Report on vaccination in Madras 1922-1929 - 1922-1929
Year: 1922
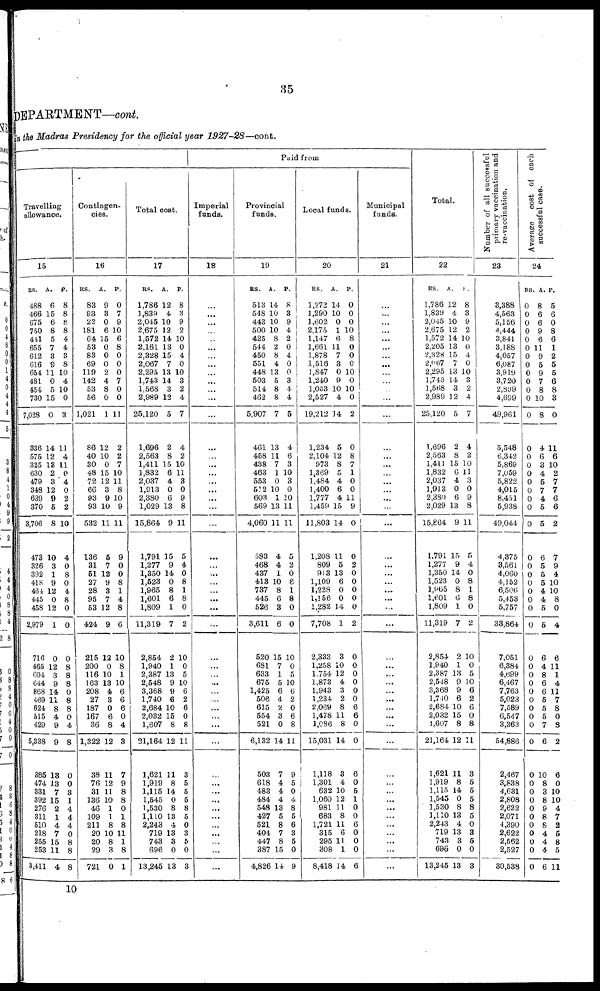
35
DEPARTMENT—cont.
in the Madras Presidency for the official year 1927-28—cont.
Travelling
allowance.
15
RS.
488
466
675
750
441
655
612
616
654
481
454
730
7,028
336
575
325
630
479
348
639
370
3,706
473
326
392
418
464
445
458
2,979
716
465
604
644
868
469
624
515
429
5,338
385
474
331
392
276
311
510
218
255
253
3,411
A.
6
15
6
8
5
7
3
9
11
0
5
15
0
14
12
13
2
3
12
0
5
8
10
3
1
9
12
0
12
1
0
12
3
9
14
11
8
4
9
9
18
13
7
15
2
1
4
7
15
11
4
P.
8
8
8
8
4
4
3
8
10
4
10
0
3
11
4
11
0
4
0
2
2
10
4
0
8
0
4
8
0
0
0
8
8
8
0
8
8
0
4
8
0
0
3
1
4
4
4
0
8
8
8
Contingen-
cies.
16
RS.
83
93
22
181
64
53
83
69
119
142
53
56
1,021
86
40
30
48
72
66
93
93
532
136
31
51
27
28
95
53
424
215
200
116
163
208
27
187
167
36
1,322
38
76
31
136
46
109
211
20
20
29
721
A.
9
3
0
6
15
0
0
0
2
4
8
0
1
12
10
0
15
12
3
9
10
11
5
7
12
9
3
7
12
9
12
0
10
13
4
3
0
6
8
12
11
12
11
10
1
1
8
10
8
3
0
P.
0
7
9
10
6
8
0
0
0
7
0
0
11
2
2
7
10
11
8
10
9
11
9
0
0
8
1
4
8
6
10
8
1
10
6
6
6
0
4
3
7
9
8
8
0
1
8
11
1
8
1
Total cost.
17
RS.
1,786
1,889
2,045
2,675
1,572
2,161
2,328
2,067
2,295
1,743
1,568
2,989
25,120
1,696
2,563
1,411
1,832
2,037
1,913
2,380
1,029
15,864
1,791
1,277
1,350
1,523
1,965
1,601
1,809
11,319
2,854
1,940
2,387
2,548
3,368
1,740
2,684
2,032
1,607
21,164
1,621
1,919
1,115
1,546
1,530
1,110
2,243
718
743
696
13,245
A.
12
4
10
12
14
13
15
7
13
14
3
12
5
2
8
15
6
4
0
6
13
9
15
9
14
0
8
6
1
7
2
1
13
9
9
6
10
15
8
12
11
8
14
0
8
13
4
13
3
0
13
P.
8
3
9
2
10
0
4
0
10
3
2
4
7
4
2
10
11
3
0
9
8
11
5
4
0
8
1
8
0
2
10
0
5
10
6
2
6
0
8
11
3
5
5
5
8
5
0
3
5
0
3
Paid from
Imperial
funds.
18
...
...
...
...
...
...
...
...
...
...
...
...
...
...
...
...
...
...
...
...
...
...
...
...
...
...
...
...
...
...
...
...
...
...
...
...
...
...
...
...
...
...
...
...
...
...
...
...
...
...
Provincial
funds.
19
RS.
513
548
443
500
425
544
450
551
448
503
514
462
5,907
461
458
438
463
553
512
603
569
4,060
583
468
437
418
737
445
526
3,611
520
681
633
675
1,425
506
615
554
521
6,132
503
618
483
484
548
427
521
404
447
387
4,826
A.
14
10
10
10
8
2
8
4
13
5
8
8
7
13
11
7
1
0
10
1
13
11
4
4
1
10
8
6
3
6
15
7
1
5
6
4
2 3
0
14
7
4
4
4
13
5
8
7
8
15
14
P.
8
3
9
4
2
0
4
0
0
3
4
4
5
4
6
3
10
3
0
10
11
11
5
2
0
8
1
8
0
0
10
0
5
10
6
2
0
6
8
11
9
5
0
4
8
5
6
3
5
0
9
Local funds.
20
RS.
1,272
1,290
1,602
2,175
1,147
1,661
1,878
1,516
1,847
1,240
1,053
2,527
19,212
1,234
2,104
973
1,369
1,484
1,400
1,777
1,459
11,803
1,208
809
913
1,109
1,228
1,156
1,282
7,708
2,333
1,258
1,754
1,875
1,943
1,234
2,069
1,478
1,086
15,031
1,118
1,301
632
1,060
981
683
1,721
315
295
308
8,418
A.
14
10
0
1
6
11
7
3
0
9
10
4
14
5
12
8
5
4
6
4
15
14
11
5
13
6
0
0
14
1
3
10
12
4
3
2
8
11
3 8
14
3
4
2 10
12
11
8
11
6
11
1
14
P.
0
0
0
10
8
0
0
0
10
0
10
0
2
0
8
7
1
0
0
11
9
0
0
2
0
0
0
0
0
2
0
0
0
0
0
0
6
6
0
0
6
0
5
1
0
0
6
0
0
0
6
Municipal
funds.
21
...
...
...
...
...
...
...
...
...
...
...
...
...
...
...
...
...
...
...
...
...
...
...
...
...
...
...
...
...
...
...
...
...
...
...
...
...
...
...
...
...
...
...
...
...
...
...
...
...
...
...
Total.
22
RS.
1,786
1,839
2,045
2,675
1,572
2,205
2,828
2,067
2,295
1,743
1,568
2,989
25,120
1,696
2,563
1,411
1,832
2,037
1,913
2,380
2,029
15,864
1,791
1,277
1,350
1,523
1,965
1,601
1,809
11,319
2,854
1,940
2,387
2,548
3,368
1,740
2,684
2,032
1,607
21,164
1,621
1,919
1,115
1,545
1,530
1,110
2,243
719
743
696
13,245
A.
12
4
10
12
14
13
15
7
13
14
3
12
5
2
8
15
6
4
0
6
13
9
15
9
14
0
8
6
1
7
2
1
13
9
9
6
10
15
8
12
11
8
14
0
8
13
4
13
3
0
13
P .
8
3
9
2
10
0
4
0
10
3
2
4
7
4
2
10
11
3
0
9
8
11
5
4
0
8
1
8
0
2
10
0
5
10
6
2
6
0
8
11
3
5
5
5
8
5
0
3
5
0
3
Number of all successful
primary vaccination and
re-vaccination.
23
3,388
4,563
5,156
4,444
3,841
3,188
4,057
6,087
3,919
3,720
2,899
4,699
49,961
5,548
6,342
5,869
7,059
5,822
4,015
8,451
5,938
49,044
4,375
3,561
4,060
4,152
6,506
5,453
5,757
33,864
7,051
6,384
4,699
6,467
7,763
5,023
7,589
6,547
3,363
54,886
2,467
3,838
4,631
2,808
2,622
2,071
4,390
2,622
2,562
2,527
30,538
Average
cost of each
successful case.
24
RS.
0
0
0
0
0
0
0
0
0
0
0
0
0
0
0
0
0
0
0
0
0
0
0
0
0
0
0
0
0
0
0
0
0
0
0
0
0
0
0
0
0
0
0
0
0
0
0
0
0
0
0
A.
8
6
6
9
6
11
9
5
9
7
8
10
8
4
6
3
4
5
7
4
5
5
6
5
5
5
4
4
5
5
6
4
8
6
6
5
5
5
7
6
10
8
3
8
9
8
8
4
4
4
6
P.
5
6
0
8
6
1
2
5
5
6
8
3
0
11
6
10
2
7
7
6
6
2
7
9
4
10
10
8
0
4
6
11
1
4
11
7
8
0
8
2
6
0
10
10
4
7
2
5
8
5
11
10